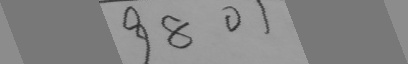
9 8 0 1